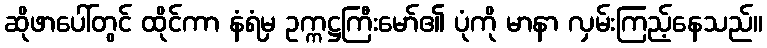
ဆိုဖာပေါ်တွင် ထိုင်ကာ နံရံမှ ဥက္ကဋ္ဌကြီးမော်၏ ပုံကို မာနာ လှမ်းကြည့်နေသည်။